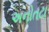
અનોતટા